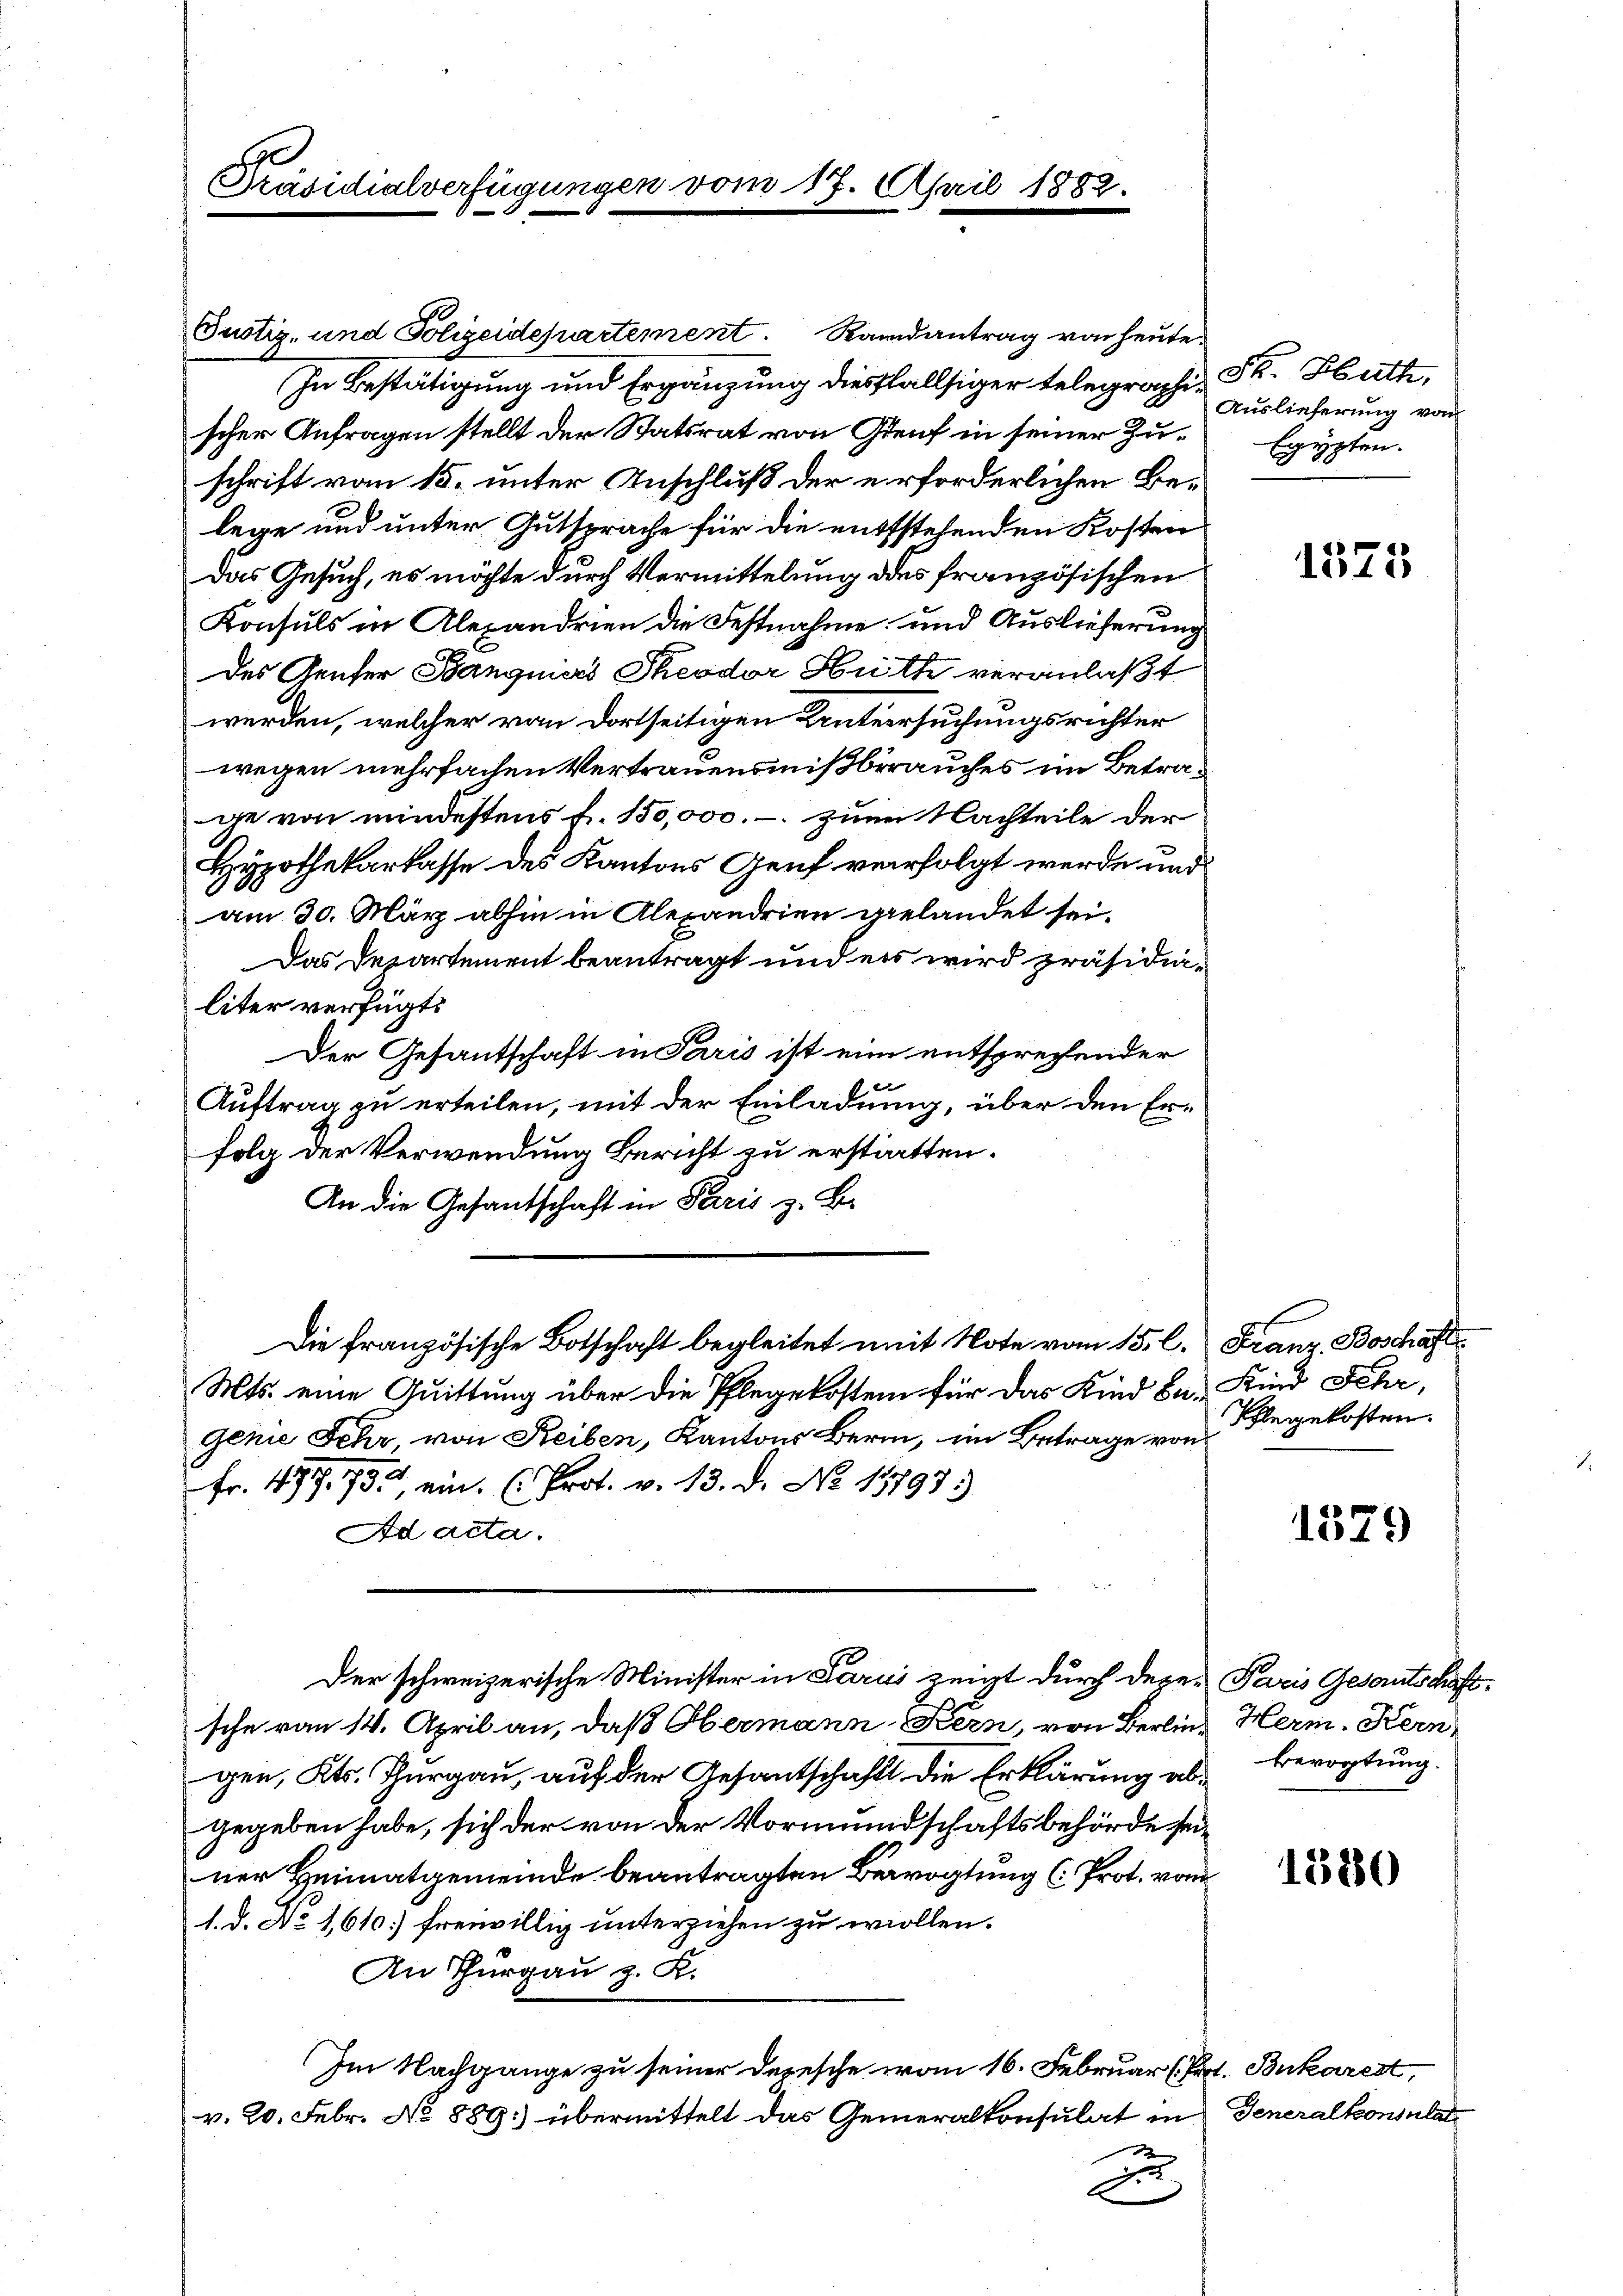
Präsidialverfügungen vom 17. April

Gustiz- und Polizeidepartement. Randantrag von heute.
In Bestätigung und Ergänzung diesfallsiger telegraphi- Fr. Hath,
scher Anfragen stellt der Statsrat von Genf in seiner Zuschrift vom 15. unter Anschluß der erforderlichen Belege und unter Gutsprache für die entstehenden Kosten
Das Gesuch, es möchte durch Vermittelung des französischen
Konsuls in Alexandrien die Festnahme und Auslieferung
des Genfer Banquiers Theodor Hütte veranlaßt
werden, welcher von dortseitigen Untersuchungsrichter
wegen mehrfachen Vertrauensmißbrauches im Betrage von mindestens fr. 150,000.- zum Nachteile der
Hypothekarkasse des Kantons Genf verfolgt werde und
am 30. März abhin in Alexandrien gelandet sei.
Das Departement beantragt und es wird präsidialiter verfügt:
Der Gesantschaft in Paris ist eine entsprechender
Auftrag zu erteilen, mit der Einladung, über den Erfolg der Verwendung Bericht zu erstatten.
An die Gesandschaft in Paris z. B.
Die französische Botschaft begleitet mit Note vom 15. l. Franz Boschaft
Mts. eine Quittung über die Pflegekosten für das Kind das Kind Fehr,
genie Sehr von Reiben, Kantons Bern, im Betrage von
Fr. 477. 75, ein (Prot. v. 13. d. No. 15797)
Ad acta.
Der schweizerische Minister in Parus zeigt durch Deper Paris Gesandtschaftssche vom 14. April an, daß Obermann Fern, von Berlin, Herm. Kern
gen, Kts. Thurgau, auf der Gesantschaft die Erklärung als Bevogtung.
gegeben habe, sich der von der Vormundschaftsbehörde seiner Heimatgemeinde beantragten Bevogtung (Prot. von
1. d. No 1,610] freiwillig unterziehen zu wollen.
An Thurgau z. R.
Im Nachgange zu seiner Depesche vom 16. Februar (Prt. Bukarest,
v. 20. Febr. No 889.) übermittelt das Gemeialkonsulat in Generalkonsulat

d

188

Auslieferung von
Egypten.

1575

Ihlegekosten.

1579

1580